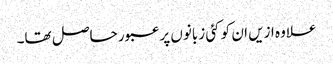
علاوہ ازیں ان کو کئی زبانوں پر عبور حاصل تھا۔